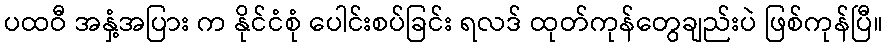
ပထဝီ အနှံ့အပြား က နိုင်ငံစုံ ပေါင်းစပ်ခြင်း ရလဒ် ထုတ်ကုန်တွေချည်းပဲ ဖြစ်ကုန်ပြီ။